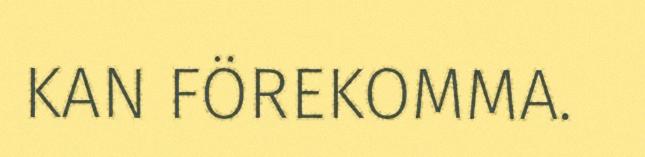
KAN FÖREKOMMA.